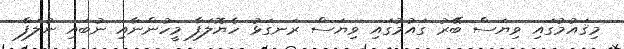
މިޤައުމުގައި ވިޔަސް ބޭރު ގައުމުގައި ވިޔަސް ރަނގަޅު ހެޔޮލަފާ މީހުންނާއި ނުބައި ނުލަފާ